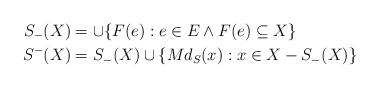
LaTeX: \begin{align*}S_{-}(X)& =\cup \{F(e):e\in E\wedge F(e)\subseteq X\} \\S^{-}(X)& =S_{-}(X)\cup \{Md_{S}(x):x\in X-S_{-}(X)\}\end{align*}